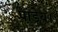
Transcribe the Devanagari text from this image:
पांडेय।